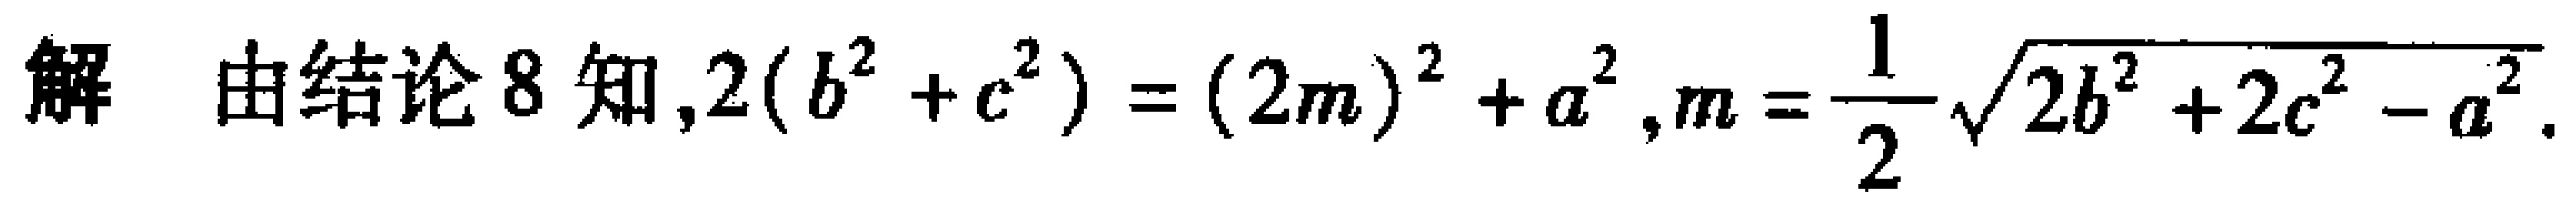
解 由结论 8 知,$2(b^{2}+c^{2})=(2m)^{2}+a^{2},m = \frac{1}{2}\sqrt{2b^{2}+2c^{2}-a^{2}}$.